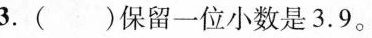
3.()保留一位小数是3.9。